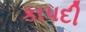
કાપદી